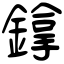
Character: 鎿